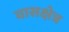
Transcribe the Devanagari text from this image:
वासक्षेत्र